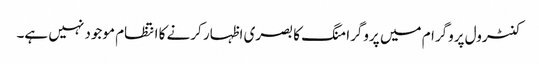
کنٹرول پروگرام میں پروگرامنگ کا بصری اظہار کرنے کا انتظام موجود نہیں ہے۔